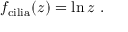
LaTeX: f _ { \mathrm { c i l i a } } ( z ) = \ln z \ .